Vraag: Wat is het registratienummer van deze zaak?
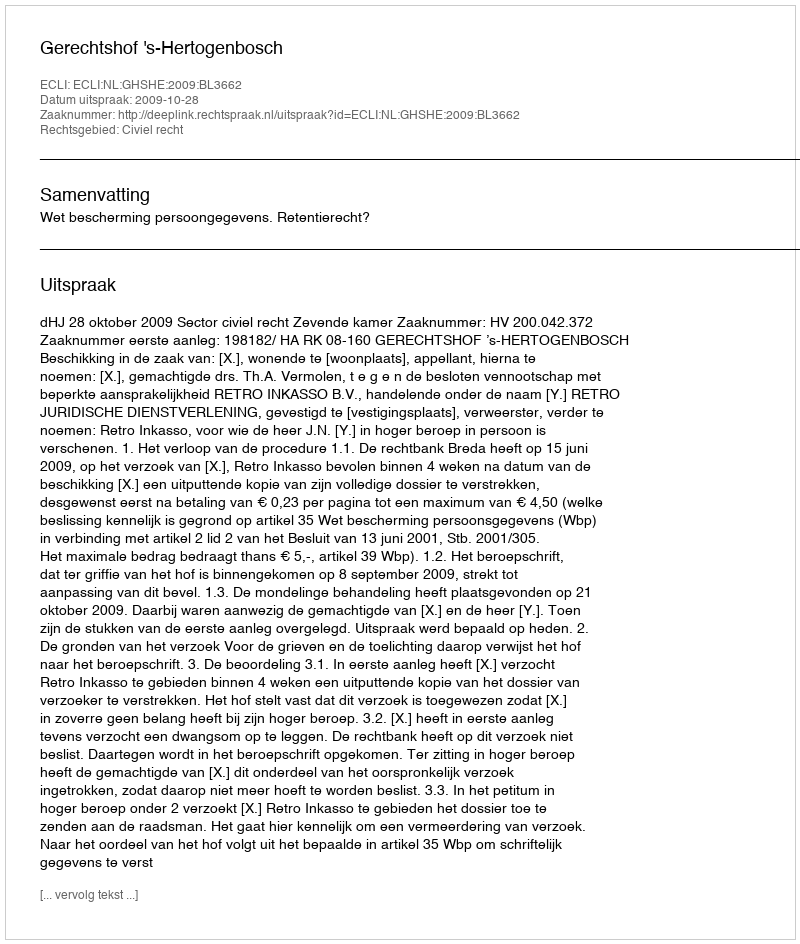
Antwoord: http://deeplink.rechtspraak.nl/uitspraak?id=ECLI:NL:GHSHE:2009:BL3662